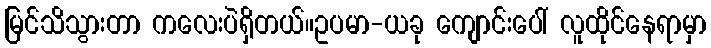
မြင်သိသွားတာ ကလေးပဲရှိတယ်။ဥပမာ-ယခု ကျောင်းပေါ် လူထိုင်နေရာမှာ